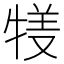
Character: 𤚇